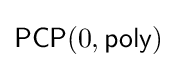
{\mathsf {PCP}}(0,{\mathsf {poly}})